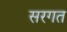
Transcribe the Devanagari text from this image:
सरगत